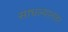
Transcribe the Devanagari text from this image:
साधल्यानंतर